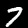
Label: 7